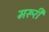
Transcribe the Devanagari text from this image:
मरूरी